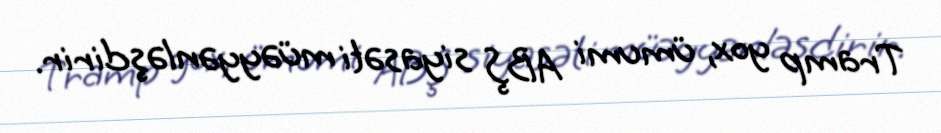
Tramp yox, ümumi ABŞ siyasəti müəyyənləşdirir.